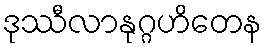
ဒုဿီလာနုဂ္ဂဟိတေန